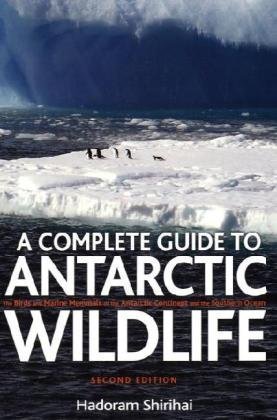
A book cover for A Antarctic Wildlife: A Complete Guide to the Birds, Mammals and Natural History of the Antarctic; Hadoram Shirihai; Travel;